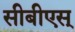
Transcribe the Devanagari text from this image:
सीबीएस्